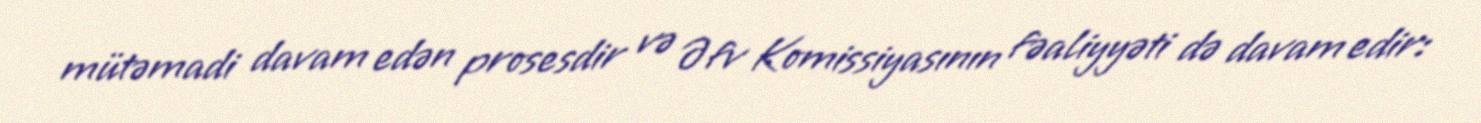
mütəmadi davam edən prosesdir və Əfv Komissiyasının fəaliyyəti də davam edir: